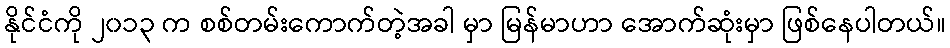
နိုင်ငံကို ၂၀၁၃ က စစ်တမ်းကောက်တဲ့အခါ မှာ မြန်မာဟာ အောက်ဆုံးမှာ ဖြစ်နေပါတယ်။